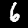
Digit: 6